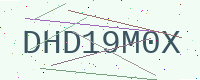
Text: DHD19M0X